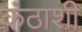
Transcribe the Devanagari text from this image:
कंठाशी